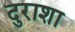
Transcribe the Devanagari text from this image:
दुराशा